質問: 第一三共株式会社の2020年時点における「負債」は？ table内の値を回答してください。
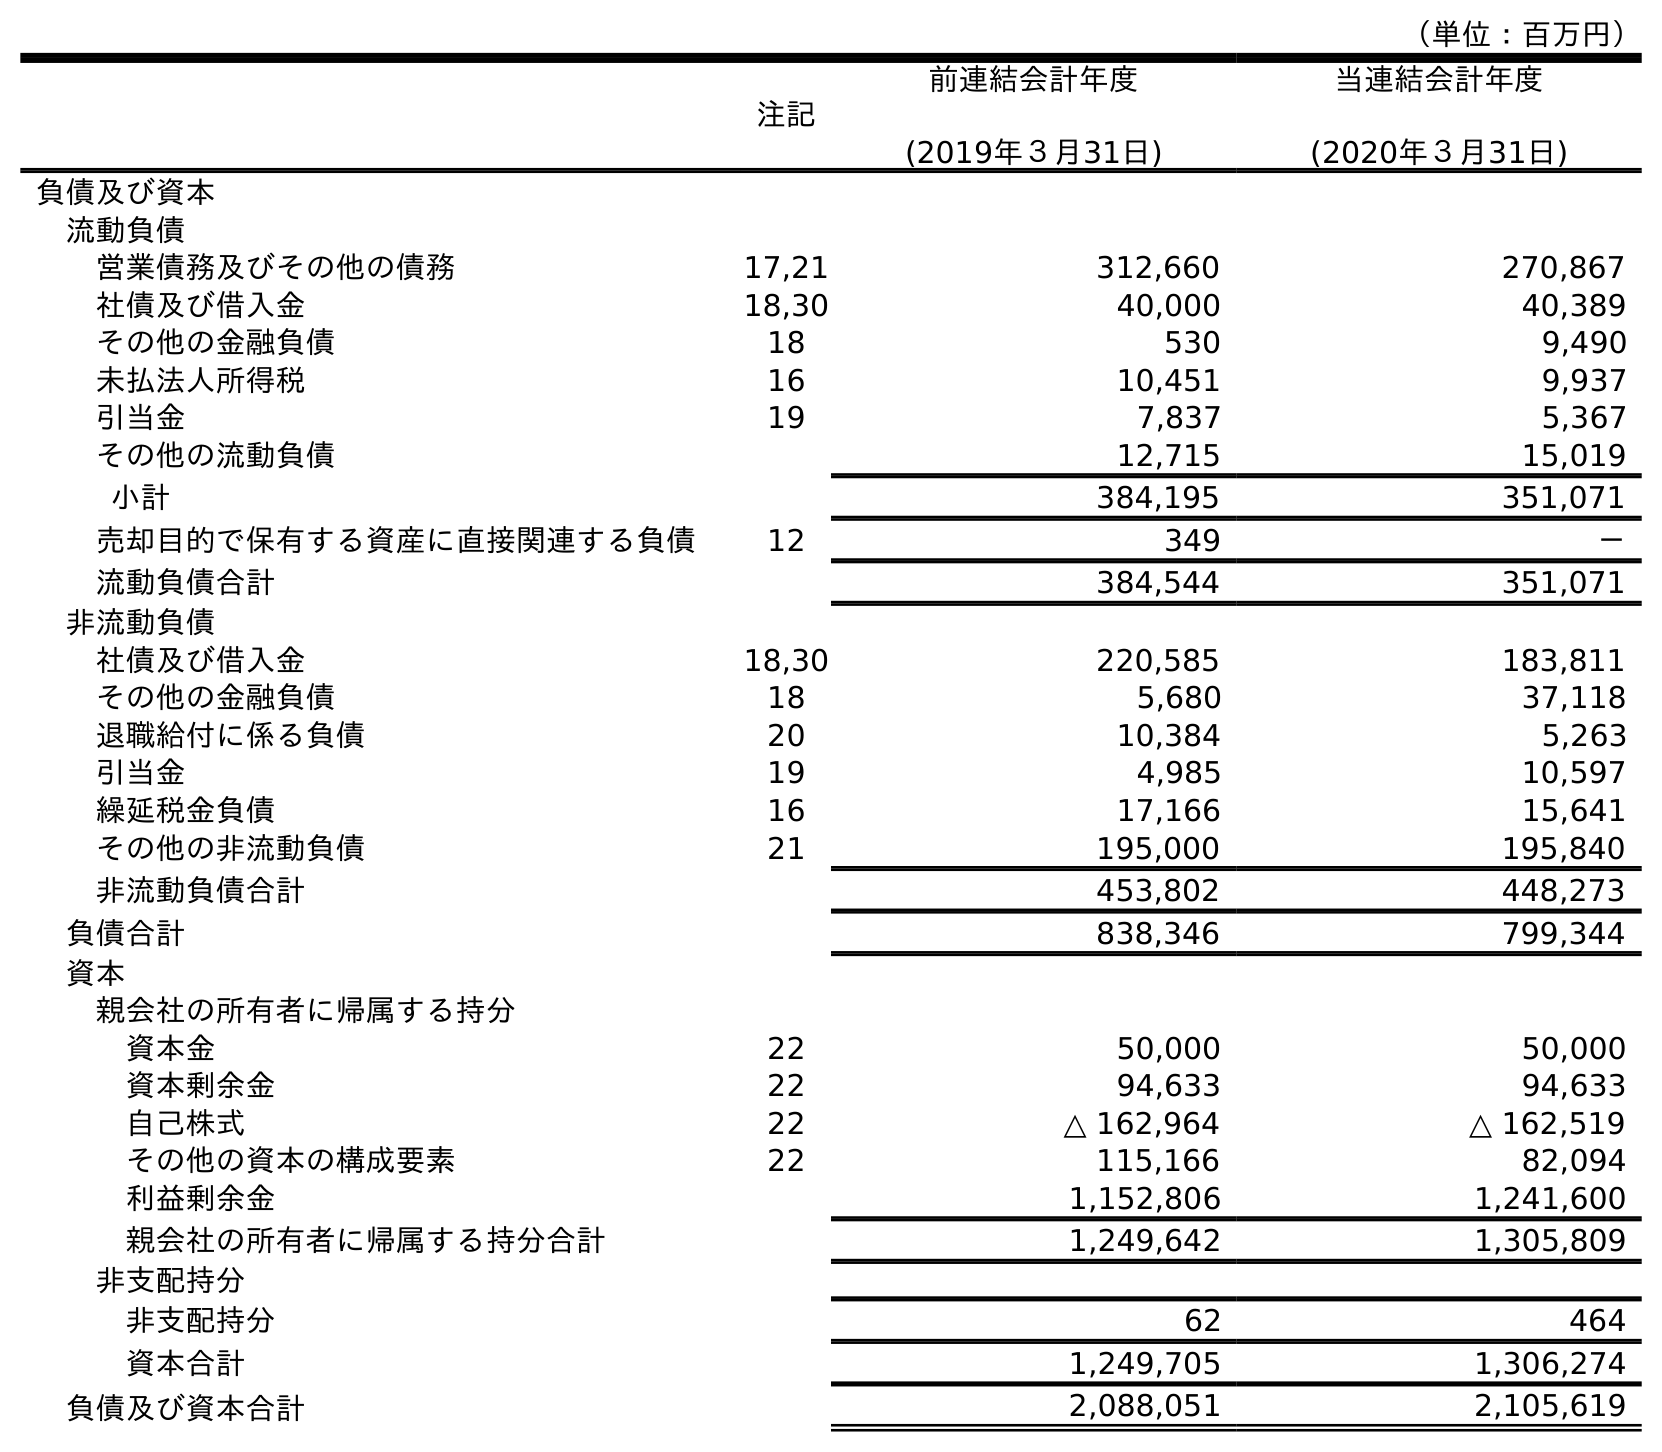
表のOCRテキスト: （単位：百万円） 注記 前連結会計年度 (2019年３月31日) 当連結会計年度 (2020年３月31日) 負債及び資本 流動負債 営業債務及びその他の債務 17,21 312,660 270,867 社債及び借入金 18,30 40,000 40,389 その他の金融負債 18 530 9,490 未払法人所得税 16 10,451 9,937 引当金 19 7,837 5,367 その他の流動負債 12,715 15,019 小計 384,195 351,071 売却目的で保有する資産に直接関連する負債 12 349 － 流動負債合計 384,544 351,071 非流動負債 社債及び借入金 18,30 220,585 183,811 その他の金融負債 18 5,680 37,118 退職給付に係る負債 20 10,384 5,263 引当金 19 4,985 10,597 繰延税金負債 16 17,166 15,641 その他の非流動負債 21 195,000 195,840 非流動負債合計 453,802 448,273 負債合計 838,346 799,344 資本 親会社の所有者に帰属する持分 資本金 22 50,000 50,000 資本剰余金 22 94,633 94,633 自己株式 22 △ 162,964 △ 162,519 その他の資本の構成要素 22 115,166 82,094 利益剰余金 1,152,806 1,241,600 親会社の所有者に帰属する持分合計 1,249,642 1,305,809 非支配持分 非支配持分 62 464 資本合計 1,249,705 1,306,274 負債及び資本合計 2,088,051 2,105,619
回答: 799,344